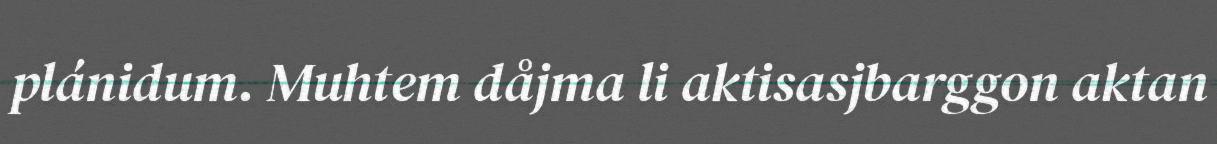
plánidum. Muhtem dåjma li aktisasjbarggon aktan